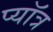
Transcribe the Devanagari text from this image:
प्यॉत्र